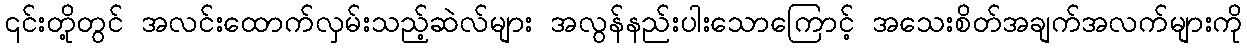
၎င်းတို့တွင် အလင်းထောက်လှမ်းသည့်ဆဲလ်များ အလွန်နည်းပါးသောကြောင့် အသေးစိတ်အချက်အလက်များကို